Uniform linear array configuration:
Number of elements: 32
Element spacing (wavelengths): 0.75
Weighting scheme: hamming
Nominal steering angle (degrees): -15
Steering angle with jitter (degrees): -13.954
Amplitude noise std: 0.05
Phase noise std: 0.05

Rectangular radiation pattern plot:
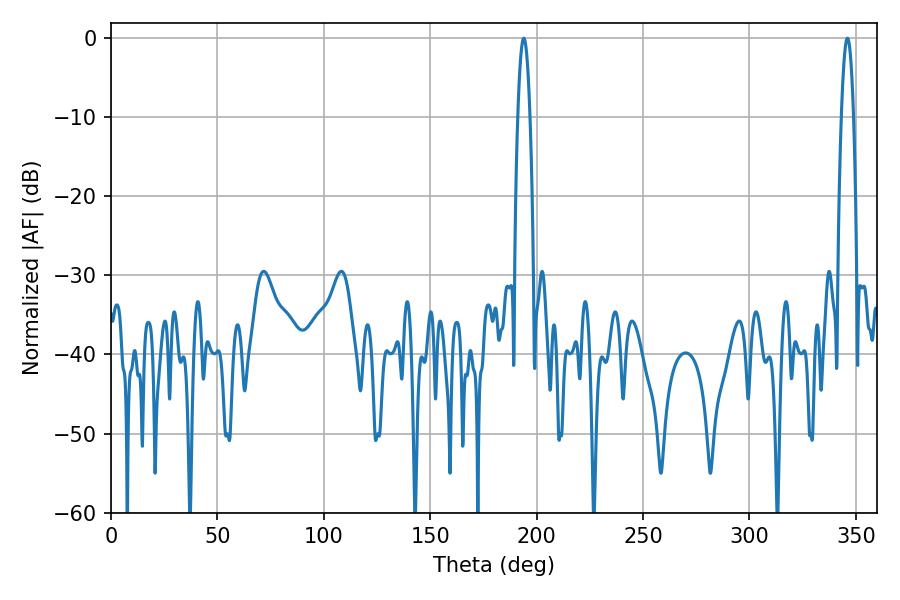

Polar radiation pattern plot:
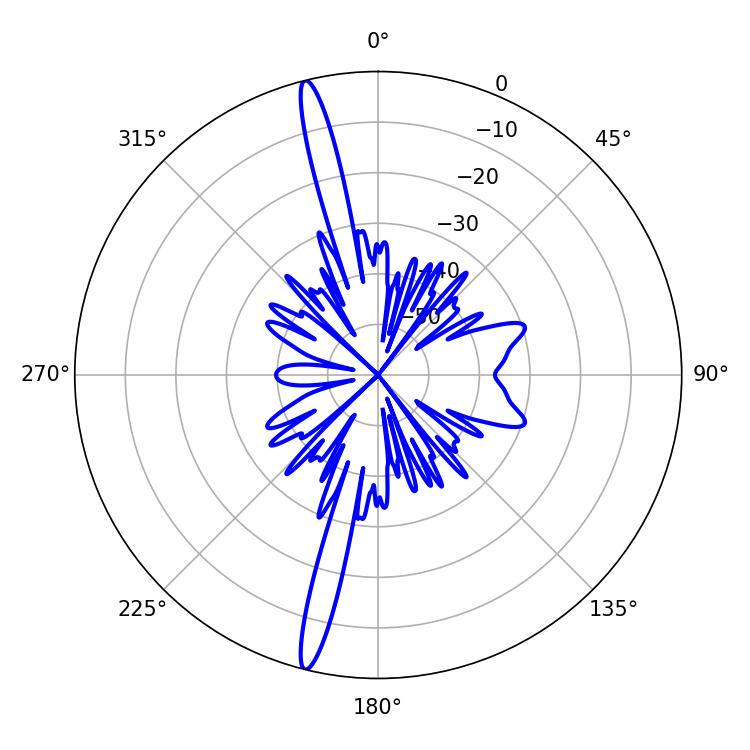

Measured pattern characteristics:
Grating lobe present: TRUE
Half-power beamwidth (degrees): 3.06
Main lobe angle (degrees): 345.96